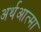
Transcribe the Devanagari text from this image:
अर्थआत्मा